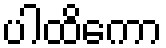
ပါထိကော